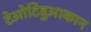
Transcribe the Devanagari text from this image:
टेओटिहुआकान